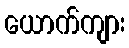
ယောက်ကျား